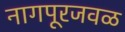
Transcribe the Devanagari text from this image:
नागपूरजवळ